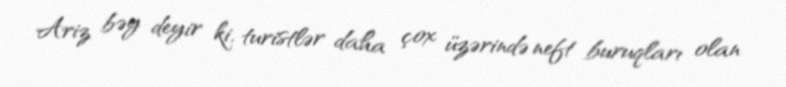
Ariz bəy deyir ki, turistlər daha çox üzərində neft buruqları olan